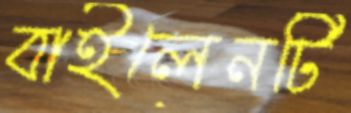
বাইলেনটি